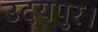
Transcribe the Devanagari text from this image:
उदयपुर।